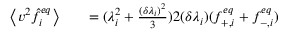
\begin{array} { r l r } { \left\langle v ^ { 2 } \hat { f } _ { i } ^ { e q } \right\rangle } & { { } } & { = ( \lambda _ { i } ^ { 2 } + \frac { ( \delta \lambda _ { i } ) ^ { 2 } } { 3 } ) 2 ( \delta \lambda _ { i } ) ( f _ { + , i } ^ { e q } + f _ { - , i } ^ { e q } ) } \end{array}